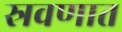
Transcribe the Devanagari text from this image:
स्रवणात